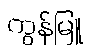
ကွန်မြူ